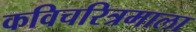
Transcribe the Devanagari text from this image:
कविचरित्रमाला